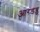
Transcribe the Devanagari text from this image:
आरडब्लू